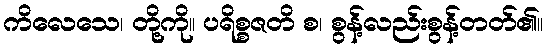
ကိလေသေ၊ တို့ကို။ ပရိစ္စဇတိ စ၊ စွန့်လည်းစွန့်တတ်၏။